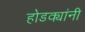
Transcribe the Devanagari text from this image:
होडक्यांनी